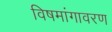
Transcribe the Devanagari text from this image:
विषमांगावरण